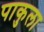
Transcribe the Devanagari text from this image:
पाकुला